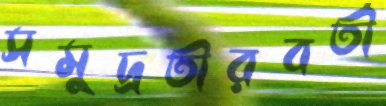
সমুদ্রতীরবর্তী